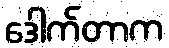
ဒေါက်တာက